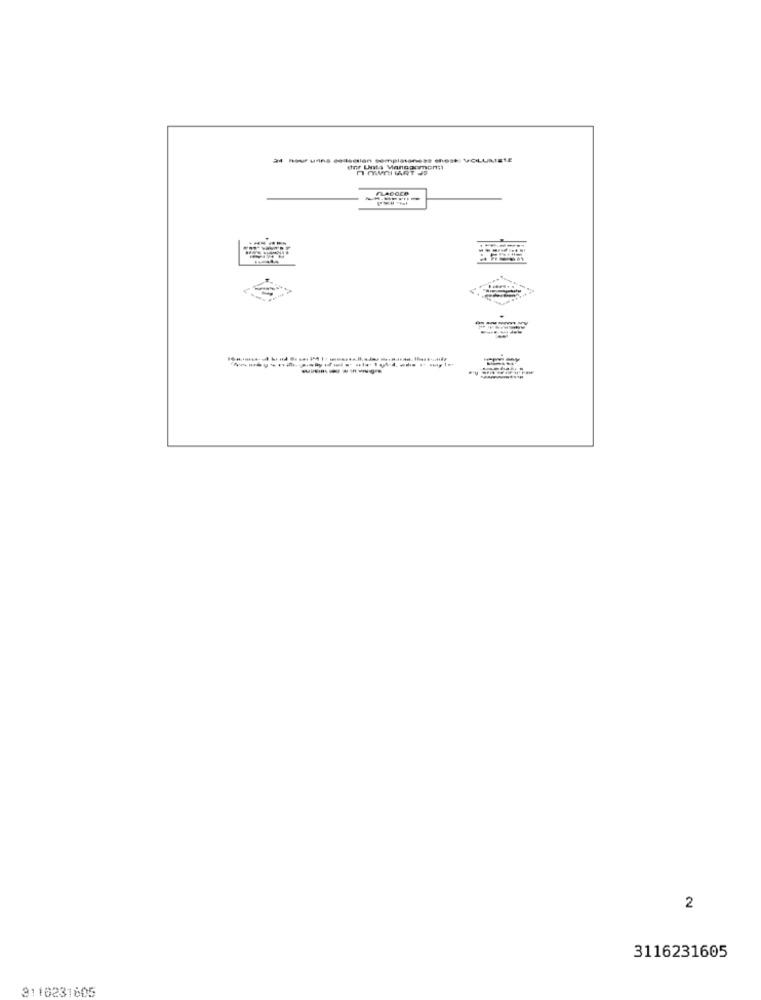
nour uns collection templateness chest VOLUMETE
FLADOce
"Annaywni polyilente luid. es sage
2
3116231605
3110231605